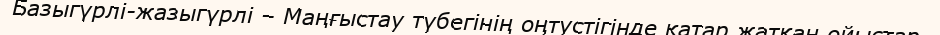
Базыгүрлі-жазыгүрлі – Маңғыстау түбегінің оңтүстігінде қатар жатқан ойыстар.